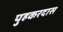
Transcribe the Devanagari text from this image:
पुहकरदास